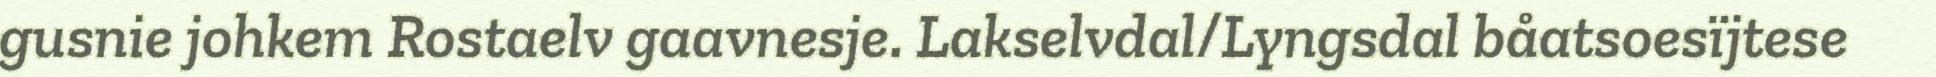
gusnie johkem Rostaelv gaavnesje. Lakselvdal/Lyngsdal båatsoesïjtese